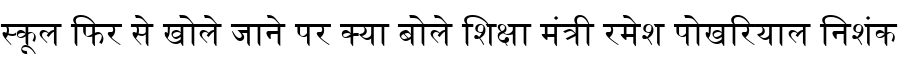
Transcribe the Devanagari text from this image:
स्कूल फिर से खोले जाने पर क्या बोले शिक्षा मंत्री रमेश पोखरियाल निशंक